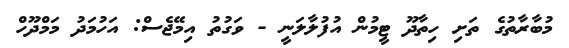
މުބާރާތުގެ ތަށި ހިތާދޫ ޓީމުން އުފުލާލަނީ - ވަގުތު އިމޭޖެސް: އަހުމަދު މަމްދޫހް